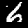
Label: 6